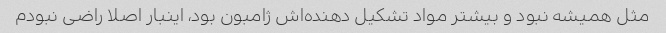
مثل همیشه نبود و بیشتر مواد تشکیل دهنده‌اش ژامبون بود، اینبار اصلا راضی نبودم